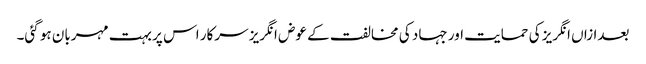
بعدازاں انگریز کی حمایت اور جہاد کی مخالفت کے عوض انگریز سرکار اس پر بہت مہربان ہو گئی۔